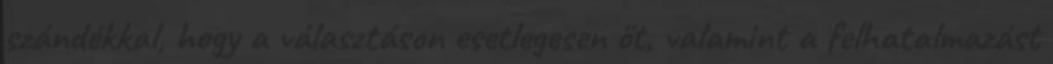
szándékkal, hogy a választáson esetlegesen őt, valamint a felhatalmazást